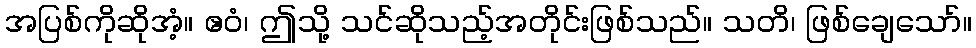
အပြစ်ကိုဆိုအံ့။ ဧဝံ၊ ဤသို့ သင်ဆိုသည့်အတိုင်းဖြစ်သည်။ သတိ၊ ဖြစ်ချေသော်။